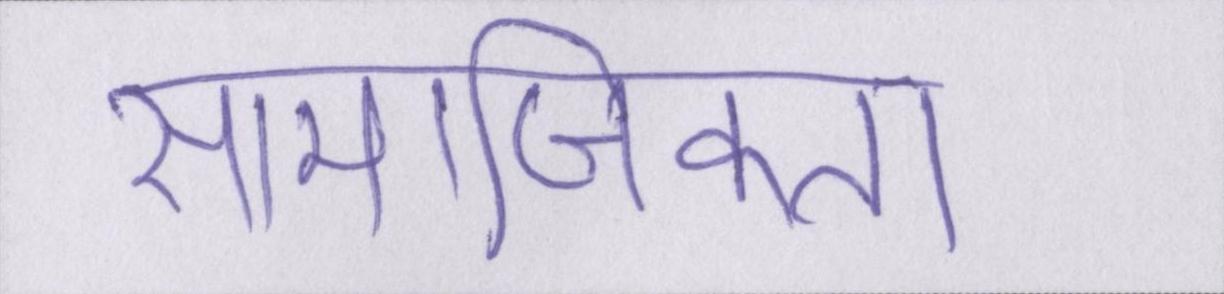
सामाजिकता